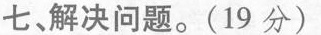
七、解决问题。(19分)